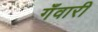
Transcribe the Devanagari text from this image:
गँवारी